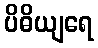
ပိဓိယျရေ